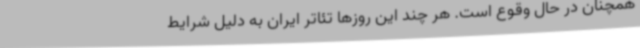
همچنان در حال وقوع است. هر چند این روزها تئاتر ایران به دلیل شرایط